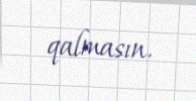
qalmasın.